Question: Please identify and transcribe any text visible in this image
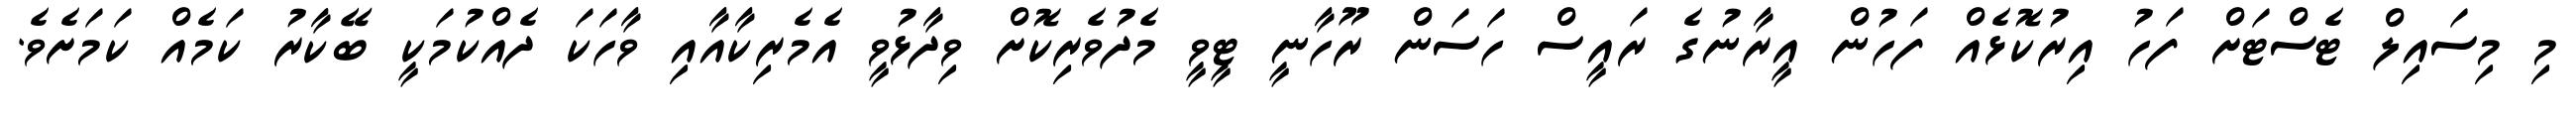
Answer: މި މިސައިލް ޓެސްޓަށް ފަހު އިރުކޮޅެއް ފަހުން އީރާނުގެ ރައީސް ހަސަން ރޫހާނީ ޓީވީ މެދުވެރިކޮށް ވިދާޅުވީ އެމެރިކާއާއި ވާހަކަ ދެއްކުމަކީ ބޭކާރު ކަމެއް ކަމަށެވެ.